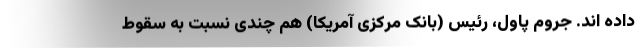
داده اند. جروم پاول، رئیس (بانک مرکزی آمریکا) هم چندی نسبت به سقوط